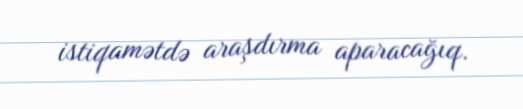
istiqamətdə araşdırma aparacağıq.